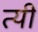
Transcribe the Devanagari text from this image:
त्यी